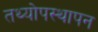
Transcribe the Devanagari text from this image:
तथ्योपस्थापन